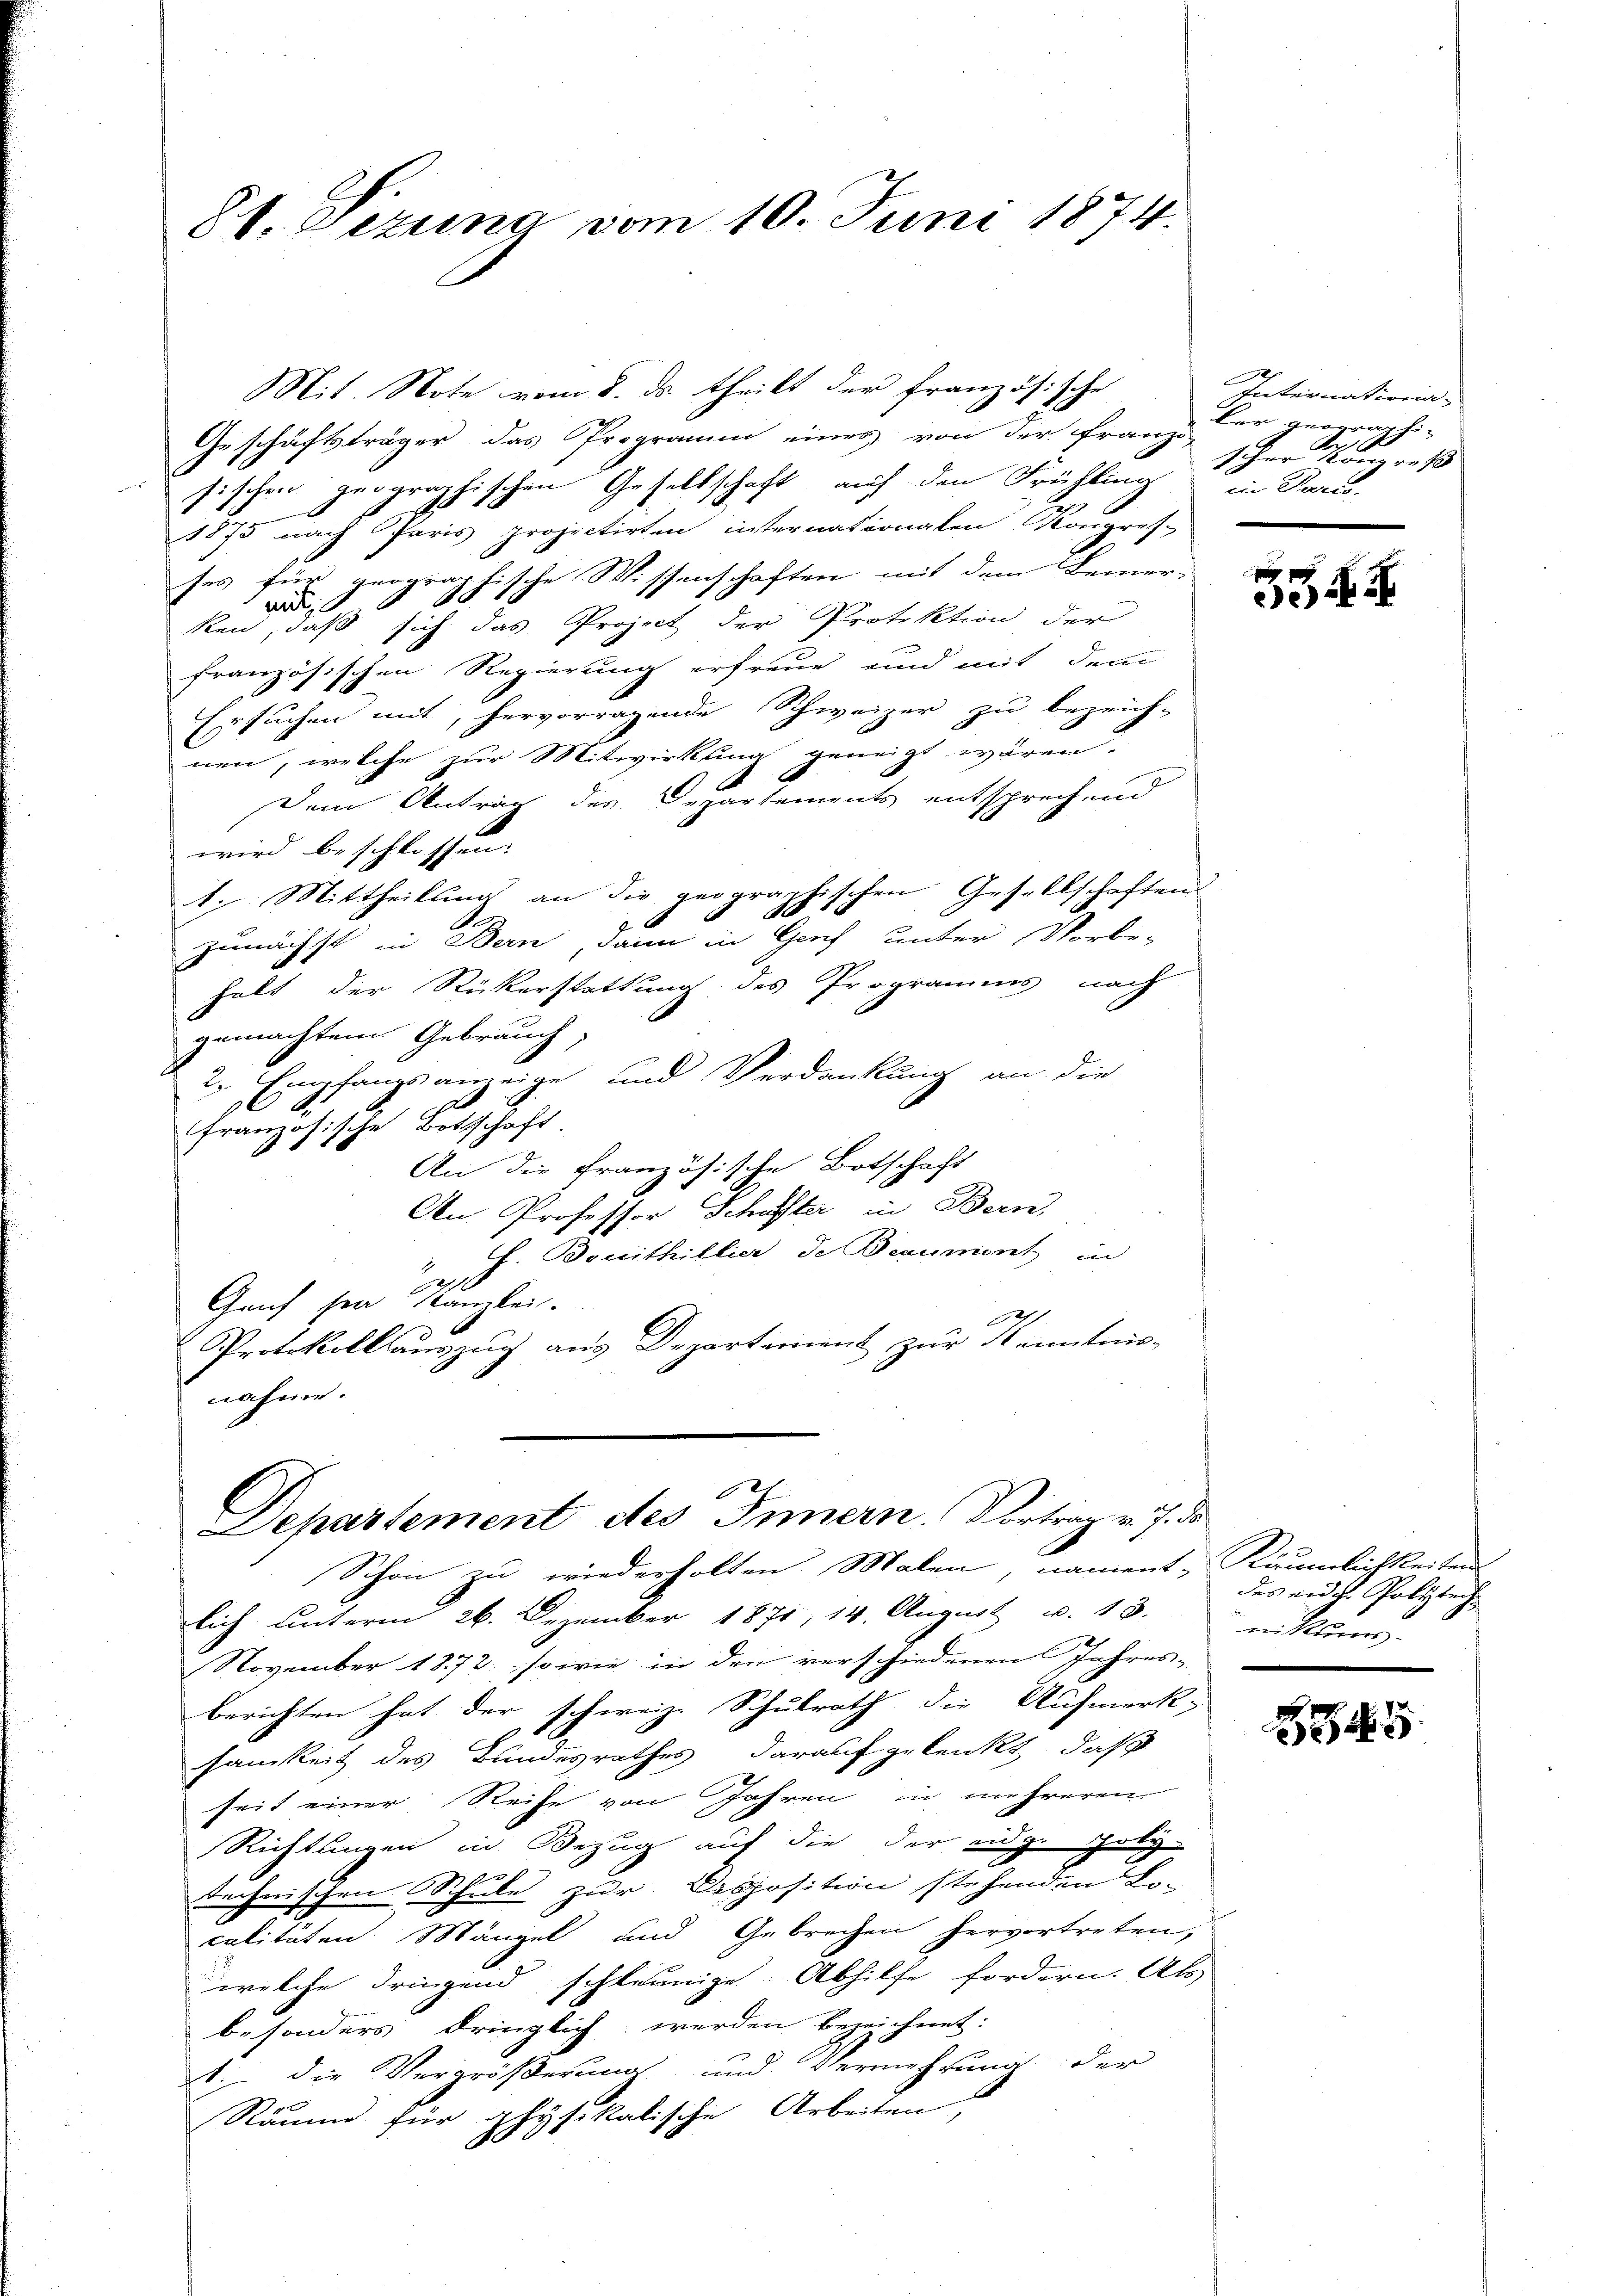
St. Gezung vom 10. Juni 1874.

MMit. Note vom 8. ds. theilt der französische
Geschäftsträger das Programm eines von der Franzi
sischen geographischen Gesellschaft auf den Frühling
1875 nach Paris projectirten internationalen Kongres-
ses für geographische Wissenschaften mit dem Bemer-
1
aid
 sich das Project der Protektion der
ken, daß
französischen Regierung erfreue und mit dem
Ersuchen mit, hervorragende Schweizer zu bezeich-
nen, welche zur Mitwirkung geneigt wären.
Dem Antrag des Departements entsprech, und
wird beschlossen:
1. Mittheilung an die geographischen Gesellschaften
zunächst in Bern, dann in Genf unter Vorbe-
halt der Rückerstattung des Programms nach
gemachtem Gebrauch:
2. Empfangsanzeige und Verdankung an die
i
französische Betschaft.
An die Französische Botschaft
An Professor Schuster in Bern,
J. Bouithillier, de Beaumont in
e
Gauf sei Kanzlei.
2
Protokoll auszug aus Departement zur Kenntnis-
nahme.

Departement des Innern. Vortrag v. J. d

Internatione,
ler geographi-
sher ges
in Paris

Schon zu wiederholten Malen, nament- Räumlichkeiten
lich unterm 26. Dezember 1871, 14. August u. 13.
November 1872 sowie in den verschiedenen Jahres-
berichten hat der schweiz. Schulrath die Aufmerk-
samkeit des Bundesrathes darauf gelenkt, daß
seit einer Reife von Jahren in mehreren
Richtungen in Bezug auf die der eidg. poly-
technischen Schule zur Disposition stehenden Lo-
calitäten Mängel und Gebrechen hervortreten,
welche dringend schleunige Abhilfe fordern. Als
besonders dringlich werden bezeichnet:
1. die Vergrößerung und Vermehrung der
Räume für physikalische Arbeiten,

e

H

des eidg. Polytech
nikums-